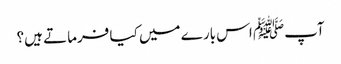
آپﷺ اس بارے میں کیا فرماتے ہیں؟